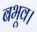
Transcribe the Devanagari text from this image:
बभूव।